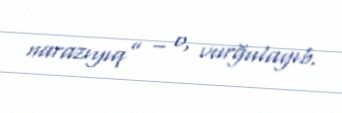
narazıyıq” – o, vurğulayıb.